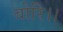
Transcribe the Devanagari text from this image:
बोरि।।